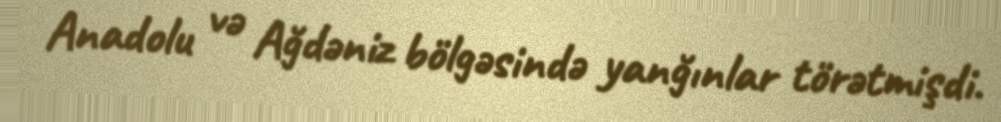
Anadolu və Ağdəniz bölgəsində yanğınlar törətmişdi.